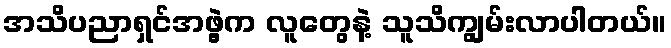
အသိပညာရှင်အဖွဲ့က လူတွေနဲ့ သူသိကျွမ်းလာပါတယ်။